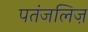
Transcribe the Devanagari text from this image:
पतंजलिज़